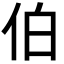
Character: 伯